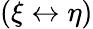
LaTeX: (\xi\leftrightarrow\eta)